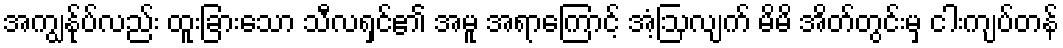
အကျွန်ုပ်လည်း ထူးခြားသော သီလရှင်၏ အမူ အရာကြောင့် အံ့ဩလျက် မိမိ အိတ်တွင်းမှ ငါးကျပ်တန်